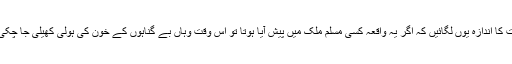
اس بات کا اندازہ یوں لگائیں کہ اگر یہ واقعہ کسی مسلم ملک میں پیش آیا ہوتا تو اس وقت وہاں بے گناہوں کے خون کی ہولی کھیلی جا چکی ہوتی۔